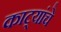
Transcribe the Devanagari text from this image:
काट्यांचे